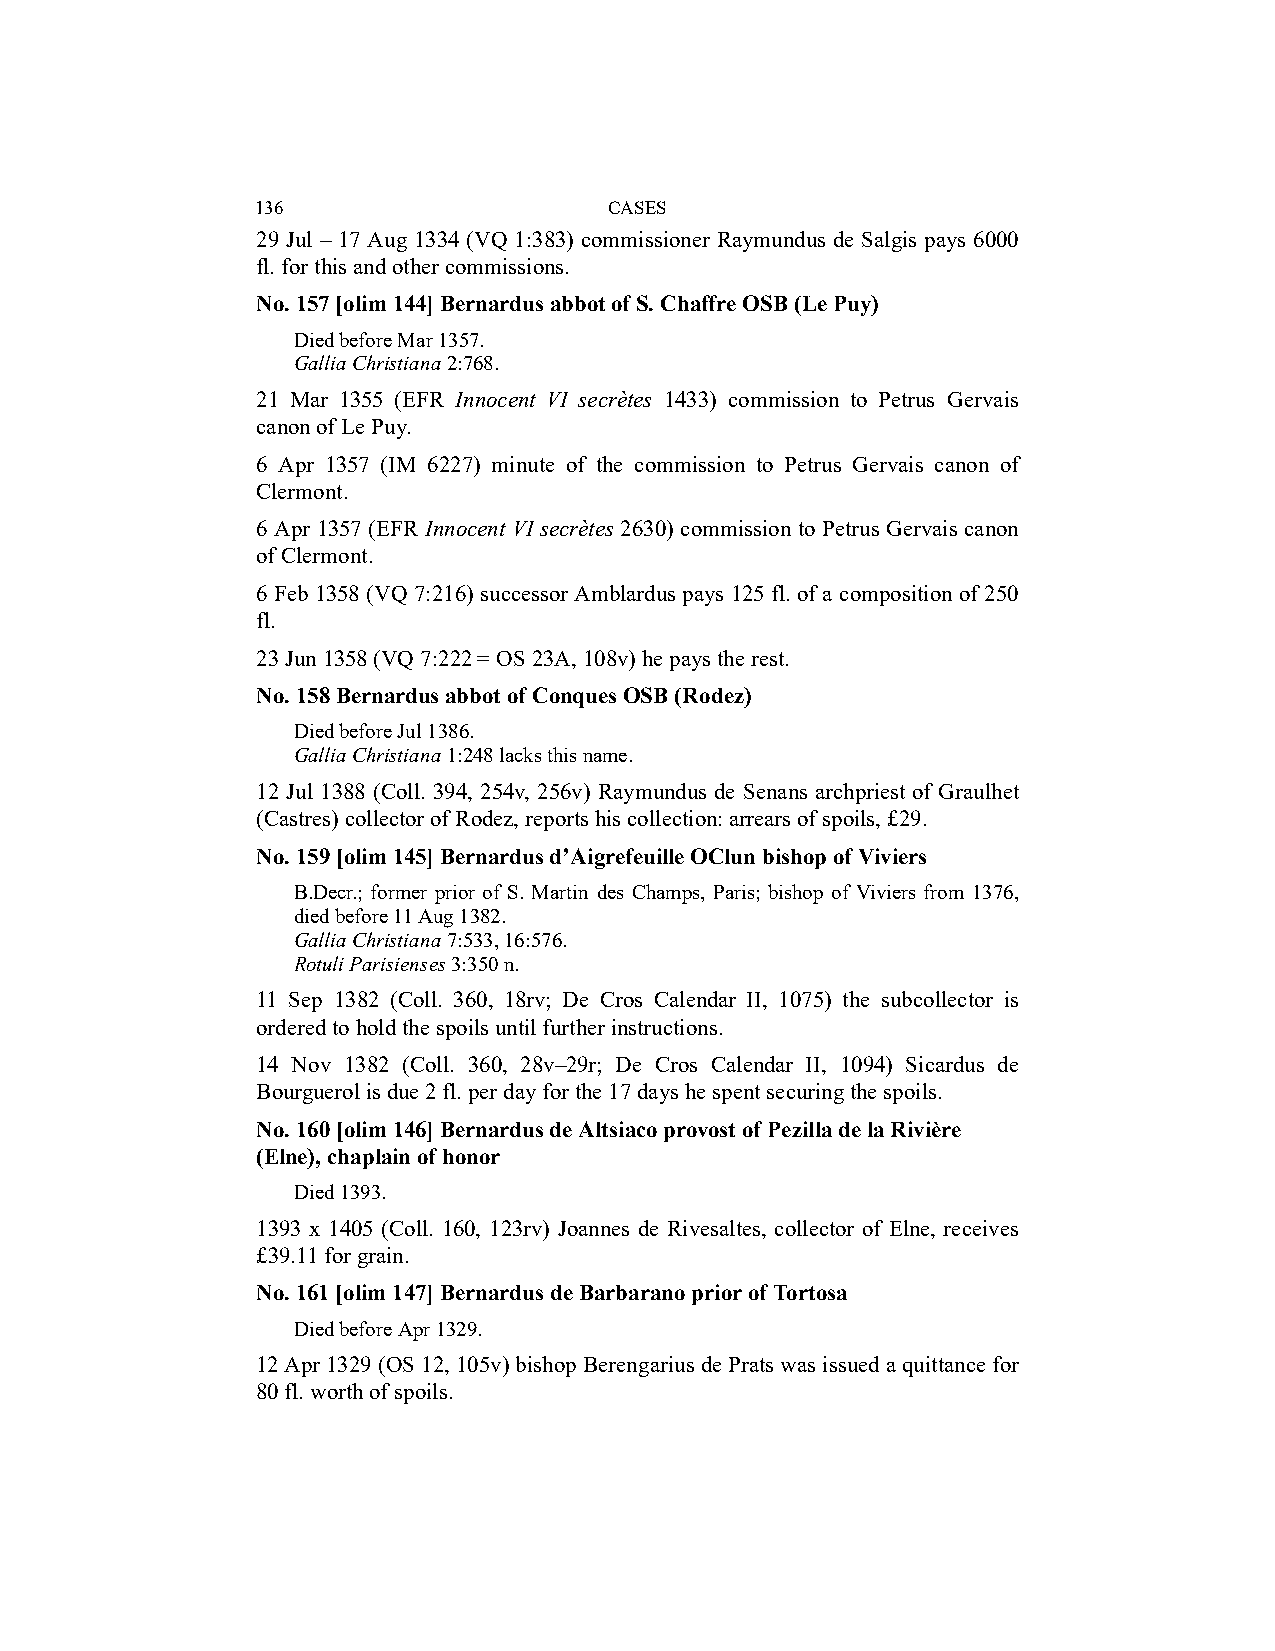
136                    CASES
 29 Jul – 17 Aug 1334 (VQ 1:383) commissioner Raymundus de Salgis pays 6000
 fl. for this and other commissions.
 No. 157 [olim 144] Bernardus abbot of S. Chaffre OSB (Le Puy)
 Died before Mar 1357.
 Gallia Christiana 2:768.
 21 Mar 1355 (EFR Innocent VI secrètes 1433) commission to Petrus Gervais
 canon of Le Puy.
 6 Apr 1357 (IM 6227) minute of the commission to Petrus Gervais canon of
 Clermont.
 6 Apr 1357 (EFR Innocent VI secrètes 2630) commission to Petrus Gervais canon
 of Clermont.
 6 Feb 1358 (VQ 7:216) successor Amblardus pays 125 fl. of a composition of 250
 fl.
 23 Jun 1358 (VQ 7:222 = OS 23A, 108v) he pays the rest.
 No. 158 Bernardus abbot of Conques OSB (Rodez)
 Died before Jul 1386.
 Gallia Christiana 1:248 lacks this name.
 12 Jul 1388 (Coll. 394, 254v, 256v) Raymundus de Senans archpriest of Graulhet
 (Castres) collector of Rodez, reports his collection: arrears of spoils, £29.
 No. 159 [olim 145] Bernardus d’Aigrefeuille OClun bishop of Viviers
 B.Decr.; former prior of S. Martin des Champs, Paris; bishop of Viviers from 1376,
 died before 11 Aug 1382.
 Gallia Christiana 7:533, 16:576.
 Rotuli Parisienses 3:350 n.
 11 Sep 1382 (Coll. 360, 18rv; De Cros Calendar II, 1075) the subcollector is
 ordered to hold the spoils until further instructions.
 14 Nov 1382 (Coll. 360, 28v–29r; De Cros Calendar II, 1094) Sicardus de
 Bourguerol is due 2 fl. per day for the 17 days he spent securing the spoils.
 No. 160 [olim 146] Bernardus de Altsiaco provost of Pezilla de la Rivière
 (Elne), chaplain of honor
 Died 1393.
 1393 x 1405 (Coll. 160, 123rv) Joannes de Rivesaltes, collector of Elne, receives
 £39.11 for grain.
 No. 161 [olim 147] Bernardus de Barbarano prior of Tortosa
 Died before Apr 1329.
 12 Apr 1329 (OS 12, 105v) bishop Berengarius de Prats was issued a quittance for
 80 fl. worth of spoils.